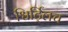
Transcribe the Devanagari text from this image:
श्विर्ट्लिच